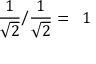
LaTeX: { \frac { 1 } { \sqrt { 2 } } } { \Big / } { \frac { 1 } { \sqrt { 2 } } } = \; \; 1